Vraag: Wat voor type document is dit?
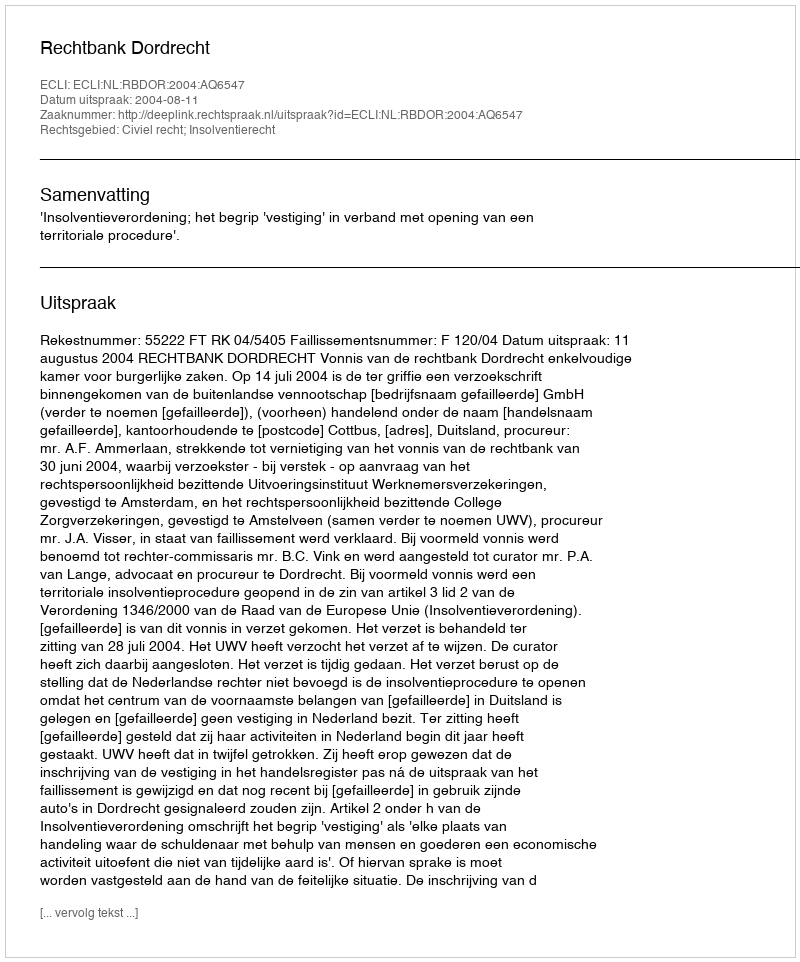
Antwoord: Uitspraak